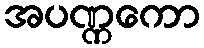
အပဏ္ဏကော